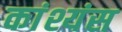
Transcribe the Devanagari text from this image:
कांश्यंस